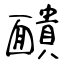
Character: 靧